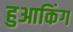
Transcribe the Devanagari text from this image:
हुआकिंग